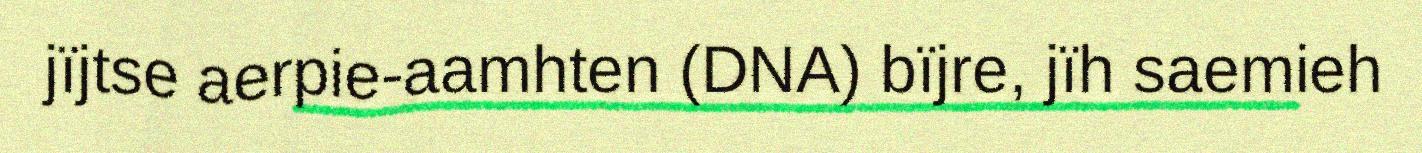
jïjtse aerpie-aamhten (DNA) bïjre, jïh saemieh